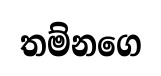
තම්නගෙ